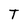
Character: T